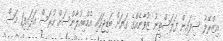
އިޒްރޭލު ސިފައިން ފަލަސްތީނު ޒުވާނެއްގެ ގަޔަށް ބަޑިޖަހައި އެމްބިއުލާންސަށް ހުރަސް އަޅައިފި1 މަސް